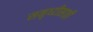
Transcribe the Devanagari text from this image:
समृध्दीसाठी